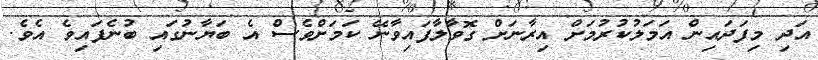
އަދި މިފަދައިން އަމަލުކުރުމަށް އިރާނަށް ގޮވާލާފައިވާނޭ ކަމަށްވެސް އެ ބަޔާނުގައި ބުނެފައިވެ އެވެ.